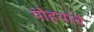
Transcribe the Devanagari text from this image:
पोहयांचे